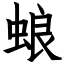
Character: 蜋